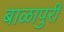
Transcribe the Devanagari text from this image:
बाळापुरी